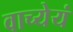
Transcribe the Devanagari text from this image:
वाच्येयं